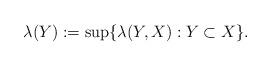
LaTeX: \begin{align*}\lambda(Y) :=\sup\lbrace\lambda(Y,X):Y\subset X\rbrace.\end{align*}